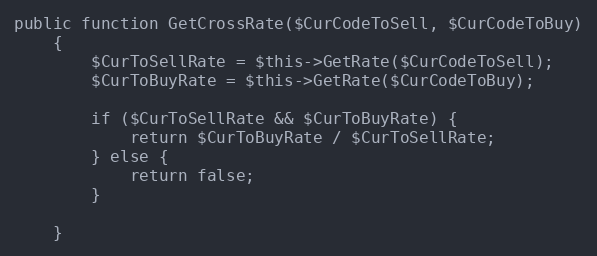
Language: PHP
public function GetCrossRate($CurCodeToSell, $CurCodeToBuy)
    {
        $CurToSellRate = $this->GetRate($CurCodeToSell);
        $CurToBuyRate = $this->GetRate($CurCodeToBuy);

        if ($CurToSellRate && $CurToBuyRate) {
            return $CurToBuyRate / $CurToSellRate;
        } else {
            return false;
        }

    }